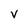
Character: V